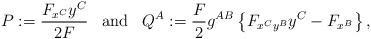
LaTeX: \begin{align*}P:=\frac{F_{x^C}y^C}{2F}\;\;\;\mbox{and}\;\;\;Q^A:=\frac{F}{2}g^{AB}\left\{F_{x^Cy^B}y^C-F_{x^B}\right\},\end{align*}